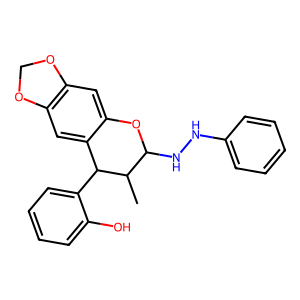
SMILES: CC1C(NNc2ccccc2)Oc2cc3c(cc2C1c1ccccc1O)OCO3
Inhibits HIV replication: No